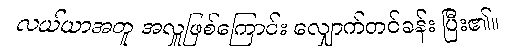
လယ်ယာအတူ အလှူဖြစ်ကြောင်း လျှောက်တင်ခန်း ပြီး၏။